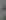
: